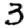
Digit: 3